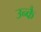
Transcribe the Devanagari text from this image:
उन्कै